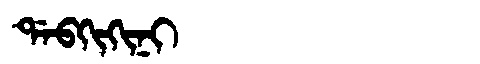
Manchu: ᡩᠠᠪᡴᡳᡴᡳᠨᡳ
Romanization: DABKIKINI